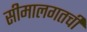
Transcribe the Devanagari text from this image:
सीमालगतची